Code of medical and sanitary regulations for the guidance of medical officers serving in the Madras Presidency - Volume I
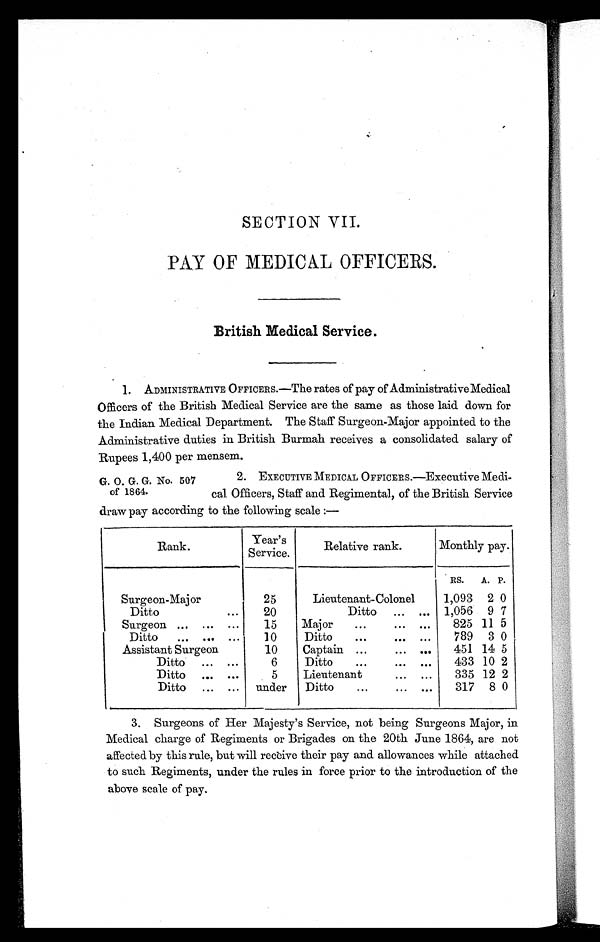
SECTION VII.
PAY OF MEDICAL OFFICERS.
British Medical Service.
1 . A DMI NI S T RA T I V E OF F I CE RS . —T h e r a t e s o f p a y o f A d mi n i s t r a t i v e Me d i c a l
Officers of the British Medical Service are the same as those laid down for
the Indian Medical Department. The Staff Surgeon-Major appointed to the
Administrative duties in British Burmah receives a consolidated salary of
Rupees 1,400 per mensem.
G. O. G. G. No. 507
2. EXECUTIVE MEDICAL OFFICERS.—Executive Medi-
of 1864. cal Officers, Staff and Regimental, of the British Service
draw pay according to the following scale :—
Rank.
gear's
Service.
Relative rank.
Monthly pay.
RS. A. P.
Surgeon-Major
25
Lieutenant-Colonel 1,093 2 0
Ditto
20
Ditto ... ... 1,056 9 7
Surgeon ... ... ... 15 Major
825 11 5
Ditto ... ... ... 10 Ditto
789 3 0
Assistant Surgeon
Ditto ... ...
10
6
Captain ... ... • 01I
Ditto
451
433
14
10
5
2
Ditto ...
5 Lieutenant
335 12 2
Ditto
under Ditto
317 8 0
3. Surgeons of Her Majesty's Service, not being Surgeons Major, in
Medical charge of Regiments or Brigades on the 20th June 1864, are not
affected by this rule, but will receive their pay and allowances while attached
to such Regiments, under the rules in force prior to the introduction of the
above scale of pay.